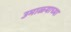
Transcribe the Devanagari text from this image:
उमाळ्याच्या